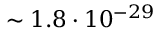
\sim 1 . 8 \cdot 1 0 ^ { - 2 9 }